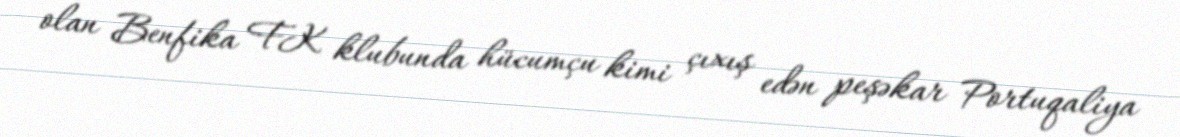
olan Benfika FK klubunda hücumçu kimi çıxış edən peşəkar Portuqaliya